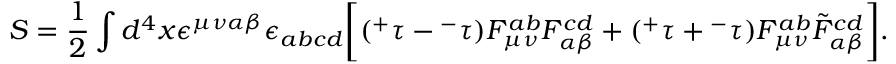
S = \frac { 1 } { 2 } \int d ^ { 4 } x \epsilon ^ { \mu \nu \alpha \beta } \epsilon _ { a b c d } \bigg [ ( { ^ + } \tau - { ^ - } \tau ) F _ { \mu \nu } ^ { a b } F _ { \alpha \beta } ^ { c d } + ( { ^ + } \tau + { ^ - } \tau ) F _ { \mu \nu } ^ { a b } \tilde { F } _ { \alpha \beta } ^ { c d } \bigg ] .